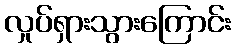
လှုပ်ရှားသွားကြောင်း